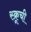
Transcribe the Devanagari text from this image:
स्क्रूची